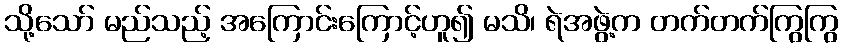
သို့သော် မည်သည့် အကြောင်းကြောင့်ဟူ၍ မသိ၊ ရဲအဖွဲ့က တက်တက်ကြွကြွ